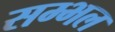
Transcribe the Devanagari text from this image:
सम्‍भल